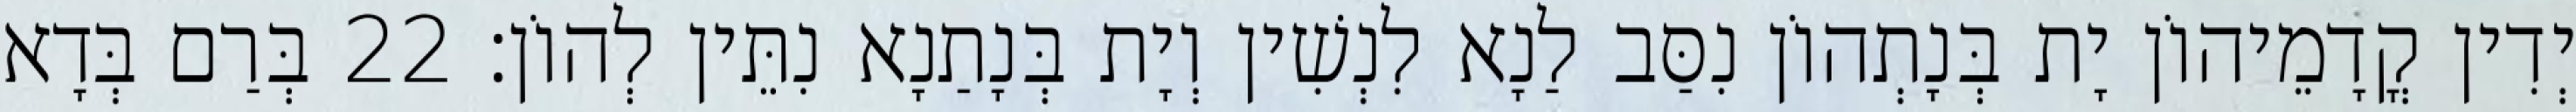
יְדִין קֳדָמֵיהוֹן יָת בְּנָתְהוֹן נִסַּב לַנָא לִנְשִׁין וְיָת בְּנָתַנָא נִתֵּין לְהוֹן׃ 22 בְּרַם בְּדָא